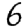
Digit: 6